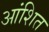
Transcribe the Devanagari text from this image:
आंशित